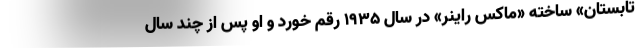
تابستان» ساخته «ماکس راینر» در سال ۱۹۳۵ رقم خورد و او پس از چند سال